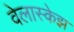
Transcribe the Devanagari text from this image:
वेलास्केझ